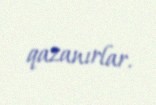
qazanırlar.